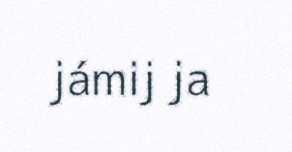
jámij ja